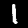
Label: 1